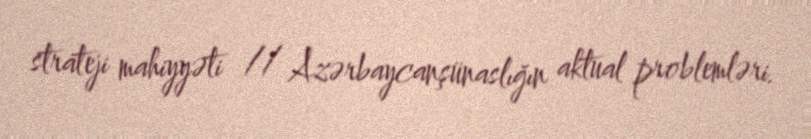
strateji mahiyyəti // Azərbaycanşünaslığın aktual problemləri.